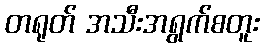
တရုတ် အသီးအရွက်စတူး